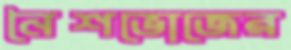
নৈশভোজের